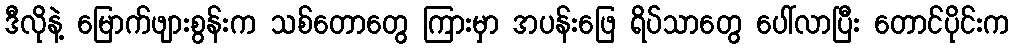
ဒီလိုနဲ့ မြောက်ဖျားစွန်းက သစ်တောတွေ ကြားမှာ အပန်းဖြေ ရိပ်သာတွေ ပေါ်လာပြီး တောင်ပိုင်းက